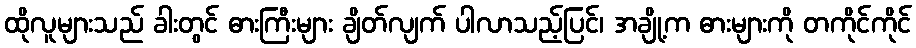
ထိုလူများသည် ခါးတွင် ဓားကြီးများ ချိတ်လျက် ပါလာသည့်ပြင်၊ အချို့က ဓားများကို တကိုင်ကိုင်